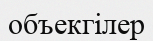
объекгілер